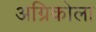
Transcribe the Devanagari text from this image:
अग्रिकोला